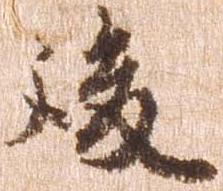
後